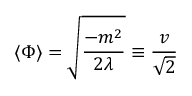
\langle \Phi \rangle = { \sqrt { \frac { - m ^ { 2 } } { 2 \lambda } } } \equiv { \frac { v } { \sqrt { 2 } } }